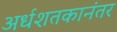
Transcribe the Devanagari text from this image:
अर्धशतकानंतर